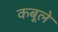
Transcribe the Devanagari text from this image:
कबूले